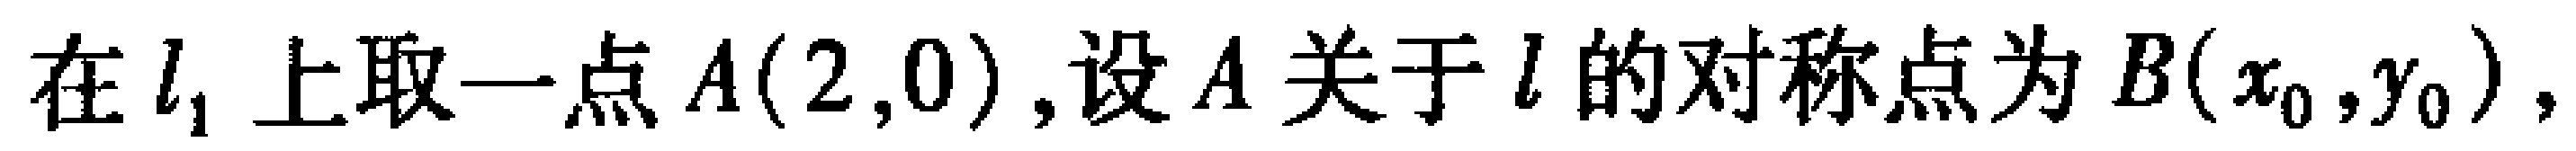
在 \(l_{1}\) 上取一点 \(A(2,0)\) ,设 \(A\) 关于 \(l\) 的对称点为 \(B(x_{0},y_{0})\) ,